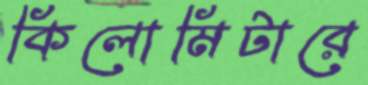
কিলোমিটারে